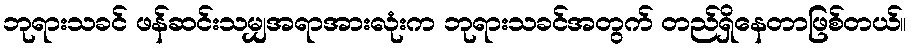
ဘုရားသခင် ဖန်ဆင်းသမျှအရာအားလုံးက ဘုရားသခင်အတွက် တည်ရှိနေတာဖြစ်တယ်။